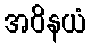
အဝိနယံ